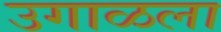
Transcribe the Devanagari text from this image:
उगाळला